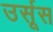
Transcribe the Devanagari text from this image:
उर्सूस